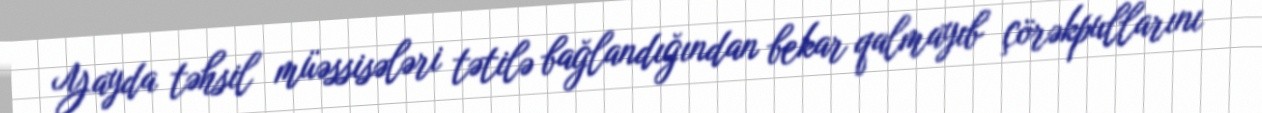
Yayda təhsil müəssisələri tətilə bağlandığından bekar qalmayıb çörəkpullarını